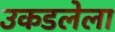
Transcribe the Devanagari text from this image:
उकडलेला